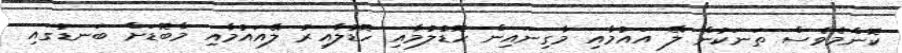
ކޮންމެވެސް ތަނަކުން ލޭ އައުމާއި މާގިނައިން ހޮޑުލުމާއި ހޮޑުލާއިރު ލޭއައުމާއި މާބޮޑަށް ބަނޑުގައި